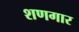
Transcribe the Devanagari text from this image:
शणगार